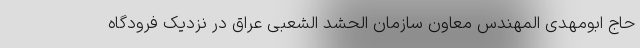
حاج ابومهدی المهندس معاون سازمان الحشد الشعبی عراق در نزدیک فرودگاه